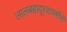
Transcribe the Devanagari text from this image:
लालबहादूरशास्त्रींनी